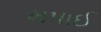
મપાઈ